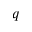
q